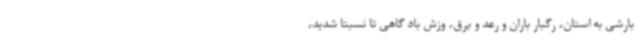
بارشی به استان، رگبار باران و رعد و برق، وزش باد گاهی تا نسبتا شدید،